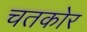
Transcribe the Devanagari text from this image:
चतकोर